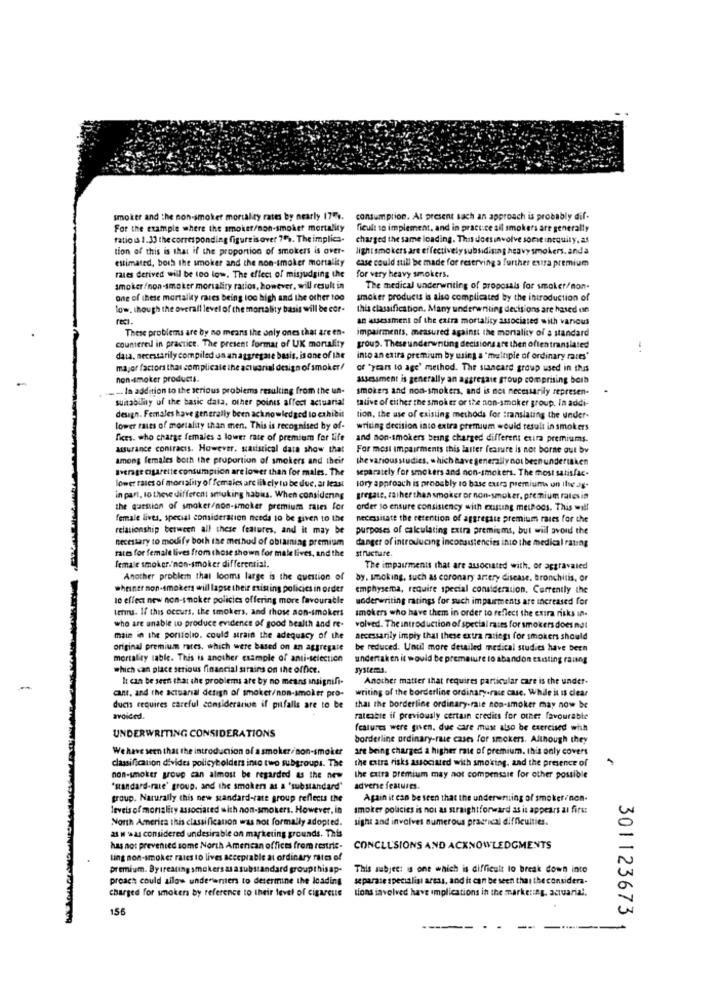
smoker and the non-smoker mortality rates by nearly 175%.
consumption. At present such an approach is probably dif-
For the example where the smoker/non-smoker mortality
ficult to implement, and in practice all smokers are generally
fatio a 1.33 the corresponding figureis over 7). The implica-
charged the same loading. This does involve some inequity. as
tion of this is that if the proportion of smokers is over-
lightsmokers are effectively subsidising heavysmokers.anda
estimated, both the smoker and the non-smoker mortality
case could still be made for reserving a further extra premium
rates derived will be too low. The effect of misjudging the
for very heavy smokers.
smoker/non-smoker mortaliry ratios, however, will result in
The medical underwriting of proposals for smoker/non-
one of these mortality rates being too high and the other to0
smoker products is also complicated by the introduction of
low, though the overall level of the mortality basis will be cor-
this classification. Many underwriting decisions are hased din
reci.
an assessment of the extra mortality associated with various
These problems are by no means the only ones that are en-
impairments, measured against the mortality of a standard
countered in practice. The present format of UK mortality
group. Theseunderwriting decisions are then oftentranslated
data, necessarily compiled on an aggregate basis, is one of the
into an extra premium by using a "meinple of ordinary races"
major factors that complicale the actuarial design of smoker/
of "years to age' method. The stancard group used in this
non-smoker products.
assessment is generally an aggregate group comprising born
In addition to the serious problems resulting from the un-
smokers and non-smokers, and is not necessarily represen-
suitability uf the basic data, other points affect actuarial
tative of either the smoker or the non-smoker group. In addi-
design. Females have generally been acknowledged lo exhibit
tion, the use of existing methods for translating the under-
lower rates of mortality than men. This is recognised by of-
writing decision into extra premium would result in smokers
fices. who charge females a lower rate of premium for life
and non-smokers being charged different eura premiums.
assurance contracts. However, statistical data show that
For most impairments this latter feature is not borne out by
among females both the proportion of smokers and their
the various studies, which have generally not beenundertaken
average cigarette consumption are lower than for males. The
separately for smokers and non-smokers. The most satisfac-
lower rates of morality of females are likely to be due, at least
lory approach is probably 10 base eurs premiums on Ilwe dg.
in part, to these different amuking habita. When considering
gregate, saiher thansmoker or non-smoker, premium ratesin
the question of smoker/non-smoker premium raies for
order to ensure consistency with existing methods. This will
female lives, special consideration needs to be given to the
necessitate the retention of aggregate premium rates for the
relationship between all these features, and it may be
purposes of calculating extra premiums, but will avoid the
necessary to modify both the method of obtaining premium
danger of introducing inconsistencies into the medical rating
rates for female lives from those shown for male lives, and the
structure.
female smoker."non-smoker differentist.
The impairments that are associated with, or aggravated
Another problem that looms large is the question of
by. smoking, such as coronary artery disease. bronchitis, or
wheiner non-smokers will lapse their existing policies in order
emphysema, require special consideration. Currently the
le effect new non-smoker policies offering more favourable
underwriting ratings for such impairments are increased for
terms. If this occurs, the smokers, and those non-smokers
smokers who have them in order to reflect the extra risks in-
who are unable to produce evidence of good bealth and re-
volved. The introduction of special rates for smokers does not
main in the portfolio. could strain the adequacy of the
necessarily imply that these extra ratings for smokers should
original premium rates, which were based on an aggregate
original premium rates, which were based on an aggregate be reduced. Until more detailed medical studies have been
mortality sable. This is another example of anti-selection
undertaken it would be premature to abandon existing raung
which can place serious financial strains on the office.
systems.
I can be seen that the problems are by no means insignifi-
Another matter that requires particular care is the under-
-
cant, and the actuarial design of smoket/non-smoker pro-
writing of the borderline ordinary.raie case, While it is clear
ducts requires careful consideration if pitfalls are to be
thai the borderline ordinary-raie non-smoker may now be
avoided.
rateatre if previously certain credits for other favourable
UNDERWRITING CONSIDERATIONS
features were given, due care must also be exercised with
borderline ordinary-rate cases for smokers. Although they
Wehave seen that the introduction of asmoker/ non-smoker
are being charged a higher rate of premium. this only covers
classification divides policyholders into two subgroups. The
the extra risks associated with smoking, and the presence of
non-smoker group can almost be regarded as the new
the extra premium may not compenssie for other possible
"standard-rate' group. and the smoker as a 'substandard"
adverse features.
group. Naturally this new standard-rate group reflects the
Again it can be seen that the underwriting of smoker/non-
levels of morality associated with non-smokers. However, in
smoker policies is not as straightforward as it appears at first
North America this classification was not formally adopted.
sight and involves numerous practical difficulties.
as M was considered undesirable on marketing grounds. This
has not prevented some North American offices from restric-
CONCLUSIONS AND ACKNOWLEDGMENTS
ting non-smoker rates to lives acceptable at ordinary rates of
premium. Bytreating smokersas asubstandard groupthisap-
This subject is one which is difficult to break down into
proach could allow underwniers to determine the loading
separate specialist areas, and it can be seen that the considera-
charged for smokers by reference to their level of cigarette
tions involved have implications in the markering, actuarial.
156
301123673
----
--